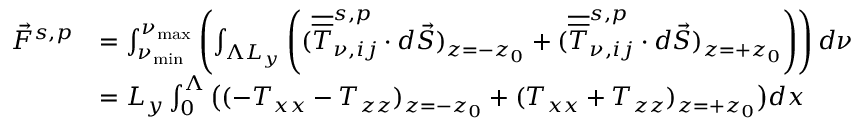
\begin{array} { r l } { \Vec { F } ^ { s , p } } & { = \int _ { \nu _ { \mathrm { m i n } } } ^ { \nu _ { \mathrm { m a x } } } \left( \int _ { \Lambda L _ { y } } \left( ( \overline { { \overline { { T } } } } _ { \nu , i j } ^ { s , p } \cdot d \vec { S } ) _ { z = - z _ { 0 } } + ( \overline { { \overline { { T } } } } _ { \nu , i j } ^ { s , p } \cdot d \vec { S } ) _ { z = + z _ { 0 } } \right) \right) d \nu } \\ & { = L _ { y } \int _ { 0 } ^ { \Lambda } \big ( ( - T _ { x x } - T _ { z z } ) _ { z = - z _ { 0 } } + ( T _ { x x } + T _ { z z } ) _ { z = + z _ { 0 } } \big ) d x } \end{array}